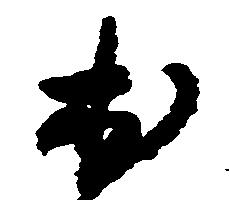
出